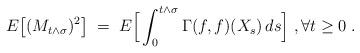
LaTeX: \begin{align*}{ E}\big[ (M_{t\land \sigma})^2 \big] \;=\; { E} \Big[ \int_0^{t\land \sigma} \Gamma(f,f)(X_s)\, ds \Big]\;,\forall t\ge 0 \;.\end{align*}